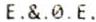
E.&.0.E.